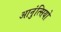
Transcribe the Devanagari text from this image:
आनुंत्सियो